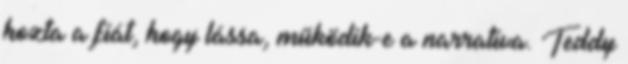
hozta a fiát, hogy lássa, működik-e a narratíva. Teddy